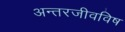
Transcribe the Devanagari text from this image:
अन्तरजीवविष